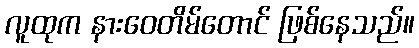
လူထုက နားဝေတိမ်တောင် ဖြစ်နေသည်။